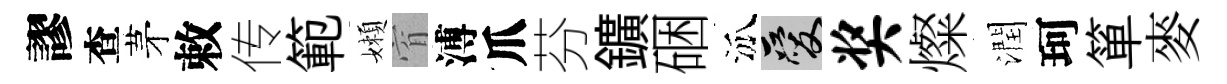
謬查茅敕传範嬾窅溥爪芬鑛硱泒爱奖燦潤珂箪麥